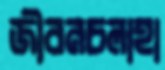
জীবনচলাহা